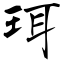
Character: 珥